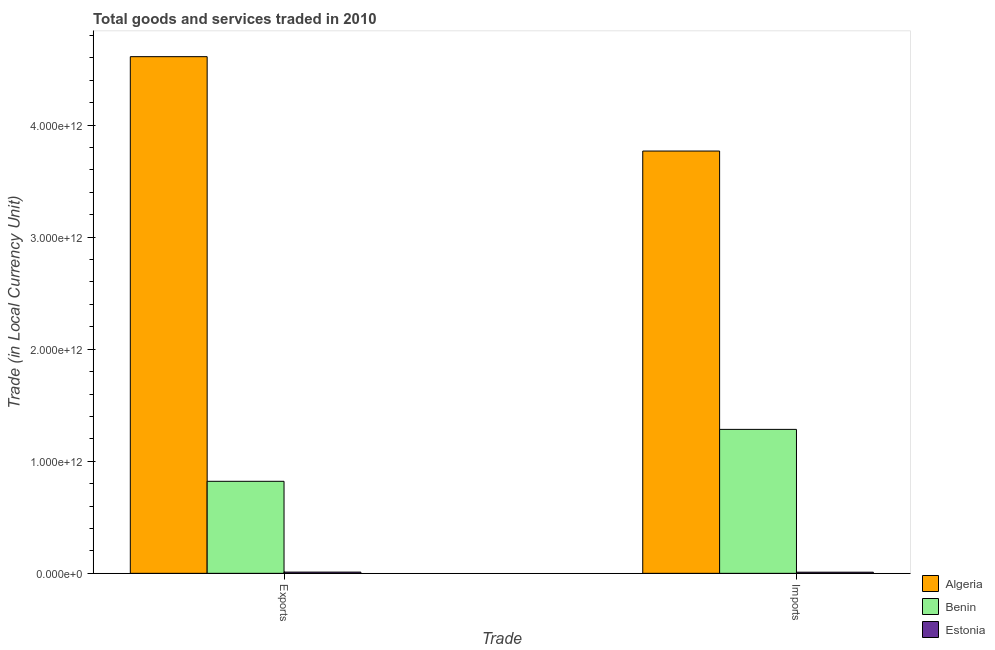
| Trade | Algeria | Benin | Estonia |
 | --- | --- | --- | --- |
 | Exports | 4.61e+12 | 8.21e+11 | 1.1e+10 |
 | Imports | 3.77e+12 | 1.28e+12 | 1.01e+10 |